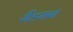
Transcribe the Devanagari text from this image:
सैंडमन